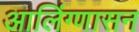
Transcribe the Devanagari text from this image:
आलिंग्णासन